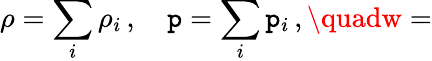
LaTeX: \rho=\sum_{i}\rho_{i}\, ,\quad\mathtt{p}=\sum_{i}\mathtt{p}_{i}\, ,\quadw=